Civil Veterinary Department Bengal reports 1923-33 - 1923-1933
Year: 1923
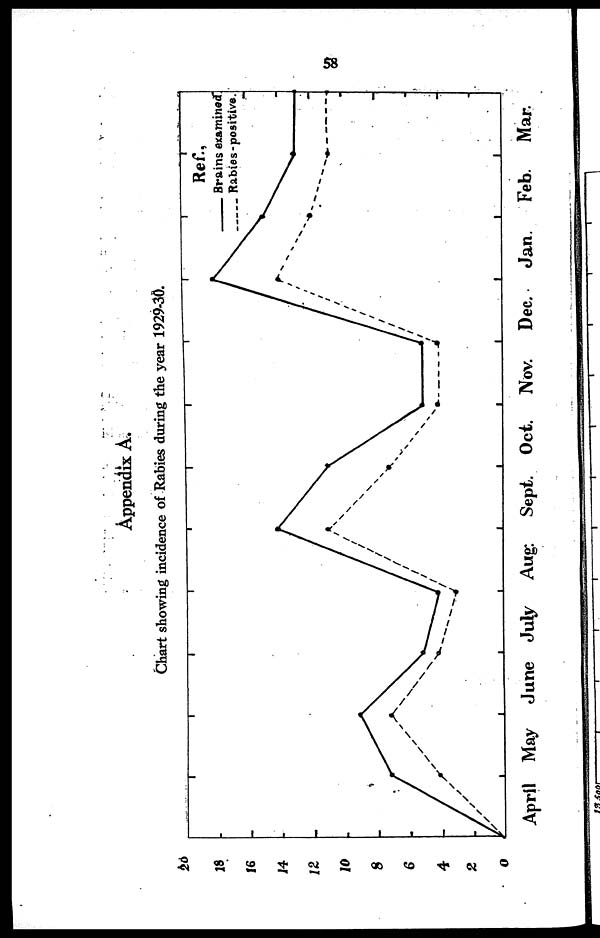
Appendix A.
Chart showing incidence of Rabies during the year 1929-30.